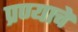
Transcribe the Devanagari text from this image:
प्रण्याचे